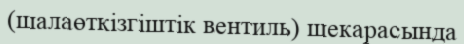
(шалаөткізгіштік вентиль) шекарасында